Annual administration report of the Civil Veterinary Department of India - 1908-1909
Year: 1908
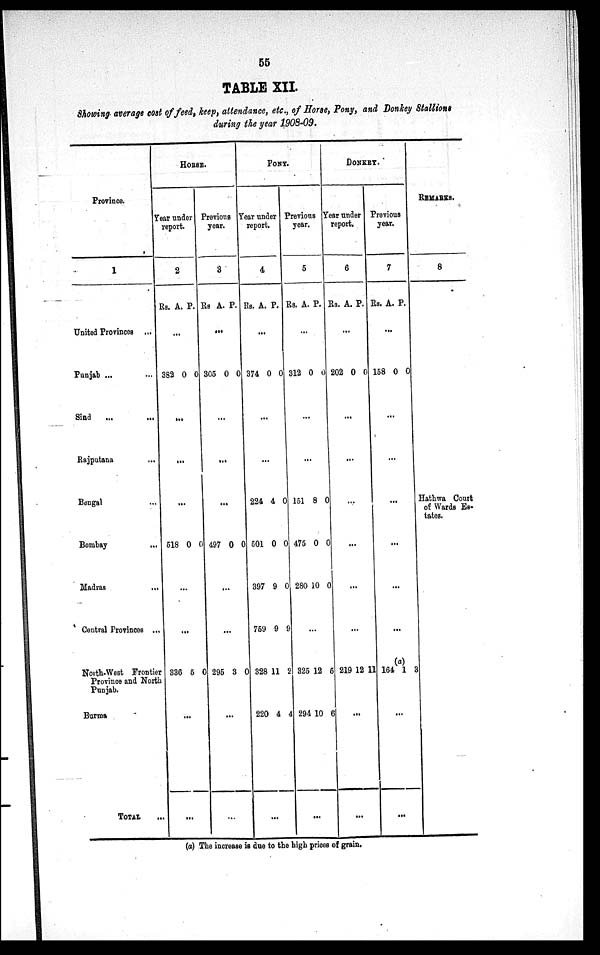
55
TABLE XII.
Showing average cost of feed, keep, attendance, etc., of Horse, Pony, and Donkey Stallions
during the year 1908-09.
Province.
1
United Provinces ...
Punjab ... ...
Sind ... ...
Rajputana ...
Bengal ...
Bombay
...
Madras ...
Central Provinces ...
North-West Frontier
Province and North
Punjab.
Burma
TOTAL ...
HORSE.
Year under
report.
2
Rs.
382
518
336
A.
...
0
...
...
...
0
...
...
5
...
...
P.
0
0
0
Previous
year.
3
Rs
305
497
295
A.
...
0
...
...
...
0
...
...
3
...
...
P.
0
0
0
PONY.
Year under
report.
4
Rs.
374
224
501
397
75
328
220
A.
...
0
...
...
4
0
9
9
11
4
...
P.
0
0
0
0
9
2
4
Previous
year.
5
Rs.
312
151
475
280
9
325
294
A.
...
0
...
...
8
0
10
...
12
10
...
P.
0
0
0
0
5
6
DONKEY.
Year under
report.
6
Rs.
202
219
A.
...
0
...
...
...
...
...
...
12
...
...
P.
0
11
Previous
year.
7
Rs.
158
...
164
A.
...
0
...
...
...
...
...
(a)
1
...
...
P.
0
3
REMARKS.
8
Hathwa Court
of Wards Es-
tates.
(a) The increase is due to the high prices of grain.